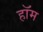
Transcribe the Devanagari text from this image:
हॉम